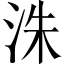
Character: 洙